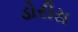
ડોરીસ